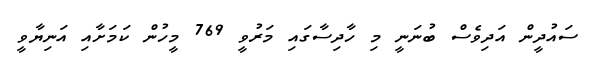
ސައުދީން އަދިވެސް ބުނަނީ މި ހާދިސާގައި މަރުވީ 769 މީހުން ކަމަށާއި އަނިޔާވީ